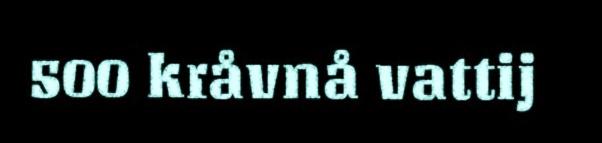
500 kråvnå vattij